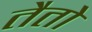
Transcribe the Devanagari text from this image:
तैतो